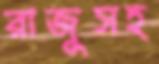
রাজুসহ